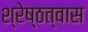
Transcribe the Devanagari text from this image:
श्रेष्ठत्वास